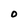
Character: 0